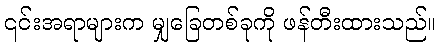
၎င်းအရာများက မျှခြေတစ်ခုကို ဖန်တီးထားသည်။